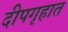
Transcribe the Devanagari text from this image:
दीपगृहात